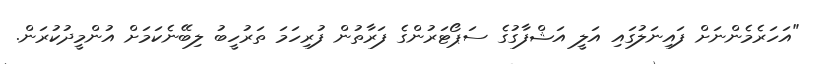
"އަހަރެމެންނަށް ފައިނަލުގައި އަލީ އަޝްފާގުގެ ސަޕޯޓަރުންގެ ފަރާތުން ފުރިހަމަ ތަރުހީބު ލިބޭނެކަމަށް އުންމީދުކުރަން.